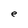
Character: e